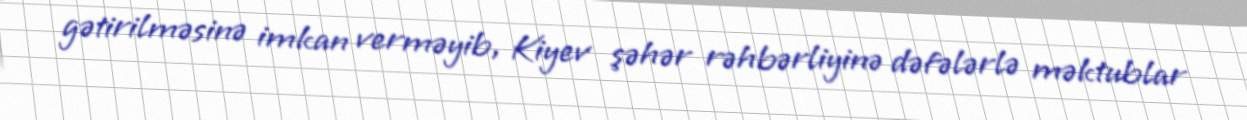
gətirilməsinə imkan verməyib, Kiyev şəhər rəhbərliyinə dəfələrlə məktublar